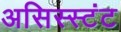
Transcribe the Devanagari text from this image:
असिस्स्टंट